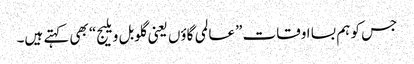
جس کو ہم بسا اوقات ”عالمی گاؤں یعنی گلوبل ویلیج“ بھی کہتے ہیں۔